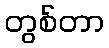
တွစ်တာ